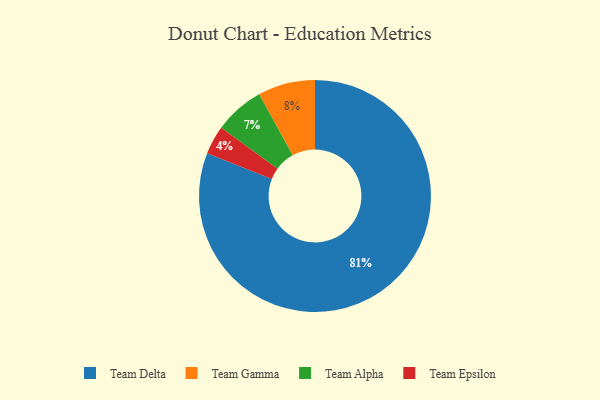
{"axis": {"x": "Category", "y": "Percentage"}, "legend": ["Team Alpha", "Team Delta", "Team Epsilon", "Team Gamma"], "data": [{"x": "Team Gamma", "y": 8, "type": "Team Gamma"}, {"x": "Team Epsilon", "y": 4, "type": "Team Epsilon"}, {"x": "Team Alpha", "y": 7, "type": "Team Alpha"}, {"x": "Team Delta", "y": 81, "type": "Team Delta"}]}